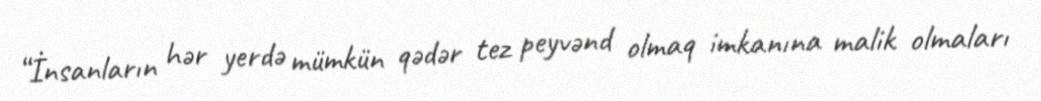
“İnsanların hər yerdə mümkün qədər tez peyvənd olmaq imkanına malik olmaları